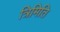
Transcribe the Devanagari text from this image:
त्रिमिति